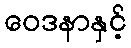
ဝေဒနာနှင့်